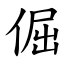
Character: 倔